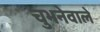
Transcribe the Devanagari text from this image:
चुभनेवाले